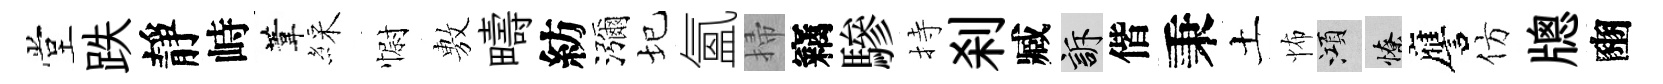
堂跌靜峙葦綵𢠢𢾾疇紡瀰圮氳掃竊驂持刹臧訴偕秉土怖澒憭譍仿牕豳